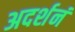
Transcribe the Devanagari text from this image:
अदर्शनं